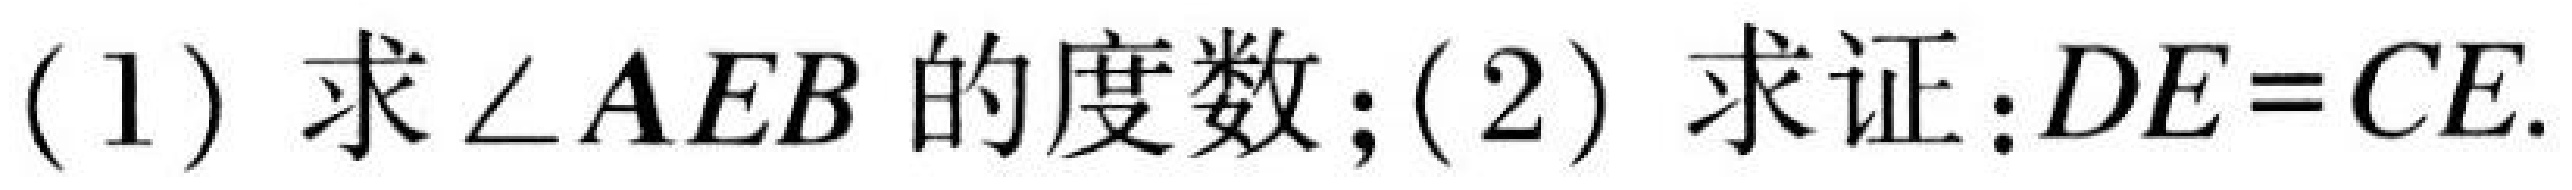
(1) 求\(\angle AEB\)的度数；(2) 求证：\(DE = CE\).